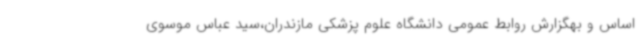
اساس و بهگزارش روابط عمومی دانشگاه علوم پزشکی مازندران،سید عباس موسوی